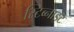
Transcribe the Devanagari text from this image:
स्टिब्नाइट